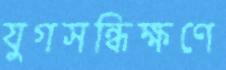
যুগসন্ধিক্ষণে